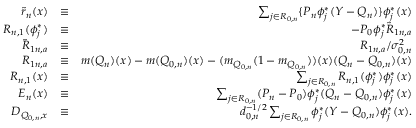
\begin{array} { r l r } { \tilde { r } _ { n } ( x ) } & { \equiv } & { \sum _ { j \in { \cal R } _ { 0 , n } } \{ P _ { n } \phi _ { j } ^ { * } ( Y - Q _ { n } ) \} \phi _ { j } ^ { * } ( x ) } \\ { R _ { n , 1 } ( \phi _ { j } ^ { * } ) } & { \equiv } & { - P _ { 0 } \phi _ { j } ^ { * } \tilde { R } _ { 1 n , a } } \\ { \tilde { R } _ { 1 n , a } } & { \equiv } & { R _ { 1 n , a } / \sigma _ { 0 , n } ^ { 2 } } \\ { R _ { 1 n , a } } & { \equiv } & { m ( Q _ { n } ) ( x ) - m ( Q _ { 0 , n } ) ( x ) - ( m _ { Q _ { 0 , n } } ( 1 - m _ { Q _ { 0 , n } } ) ) ( x ) ( Q _ { n } - Q _ { 0 , n } ) ( x ) } \\ { R _ { n , 1 } ( x ) } & { \equiv } & { \sum _ { j \in { \cal R } _ { 0 , n } } R _ { n , 1 } ( \phi _ { j } ^ { * } ) \phi _ { j } ^ { * } ( x ) } \\ { E _ { n } ( x ) } & { \equiv } & { \sum _ { j \in { \cal R } _ { 0 , n } } ( P _ { n } - P _ { 0 } ) \phi _ { j } ^ { * } ( Q _ { n } - Q _ { 0 , n } ) \phi _ { j } ^ { * } ( x ) } \\ { D _ { Q _ { 0 , n } , x } } & { \equiv } & { d _ { 0 , n } ^ { - 1 / 2 } \sum _ { j \in { \cal R } _ { 0 , n } } \phi _ { j } ^ { * } ( Y - { Q _ { 0 , n } } ) \phi _ { j } ^ { * } ( x ) . } \end{array}